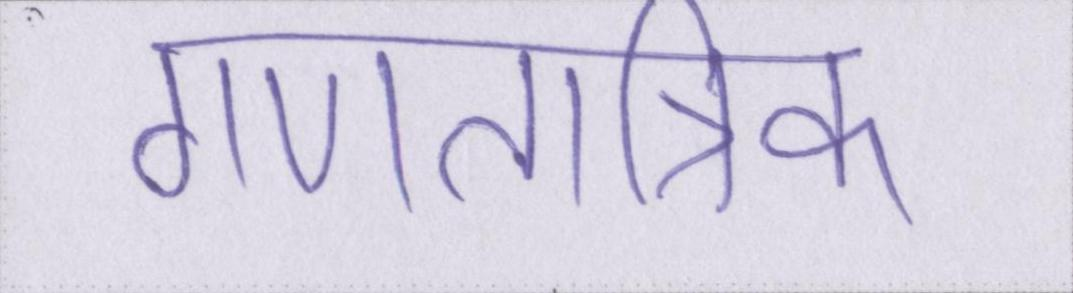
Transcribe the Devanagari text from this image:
गणतांत्रिक